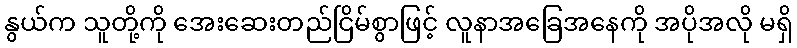
နွယ်က သူတို့ကို အေးဆေးတည်ငြိမ်စွာဖြင့် လူနာအခြေအနေကို အပိုအလို မရှိ